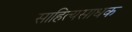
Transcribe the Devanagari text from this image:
साहित्यसाधक